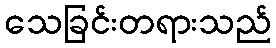
သေခြင်းတရားသည်